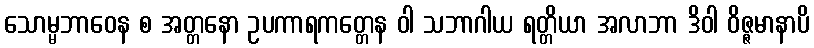
သောမ္မဘာဝေန စ အတ္တနော ဥပကာရကတ္တေန ဝါ သဘာဂါယ ရတ္တိယာ အလာဘာ ဒိဝါ ဝိဇ္ဇမာနာပိ